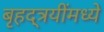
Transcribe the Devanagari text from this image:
बृहद्त्रयींमध्ये